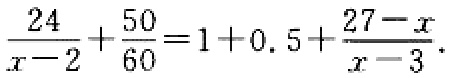
\(\frac{24}{x - 2}+\frac{50}{60}=1 + 0.5+\frac{27 - x}{x - 3}\)